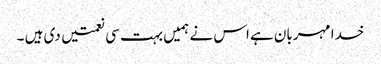
خدا مہربان ہے اس نے ہمیں بہت سی نعمتیں دی ہیں ۔